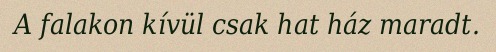
A falakon kívül csak hat ház maradt.